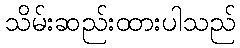
သိမ်းဆည်းထားပါသည်